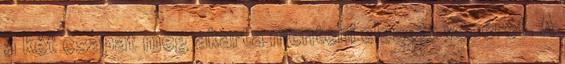
a két csapat meg akarta menteni elesett vezérét. A